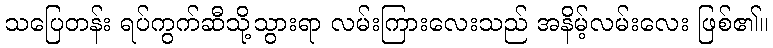
သပြေတန်း ရပ်ကွက်ဆီသို့သွားရာ လမ်းကြားလေးသည် အနိမ့်လမ်းလေး ဖြစ်၏။